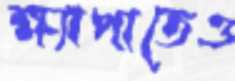
ক্ষ্যাপাতেও